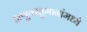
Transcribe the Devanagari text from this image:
अणुवस्तुमानांमध्ये